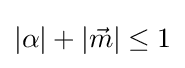
|\alpha |+|{\vec {m}}|\leq 1